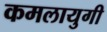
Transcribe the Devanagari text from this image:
कमलायुगी